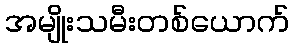
အမျိုးသမီးတစ်ယောက်